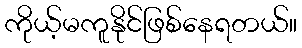
ကိုယ့်မကူနိုင်ဖြစ်နေရတယ်။